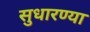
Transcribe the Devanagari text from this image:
सुधारण्या